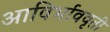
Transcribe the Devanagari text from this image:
आविर्भाववृती